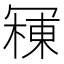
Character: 𱏾